Voisiku_vallavalitsus, lk 106
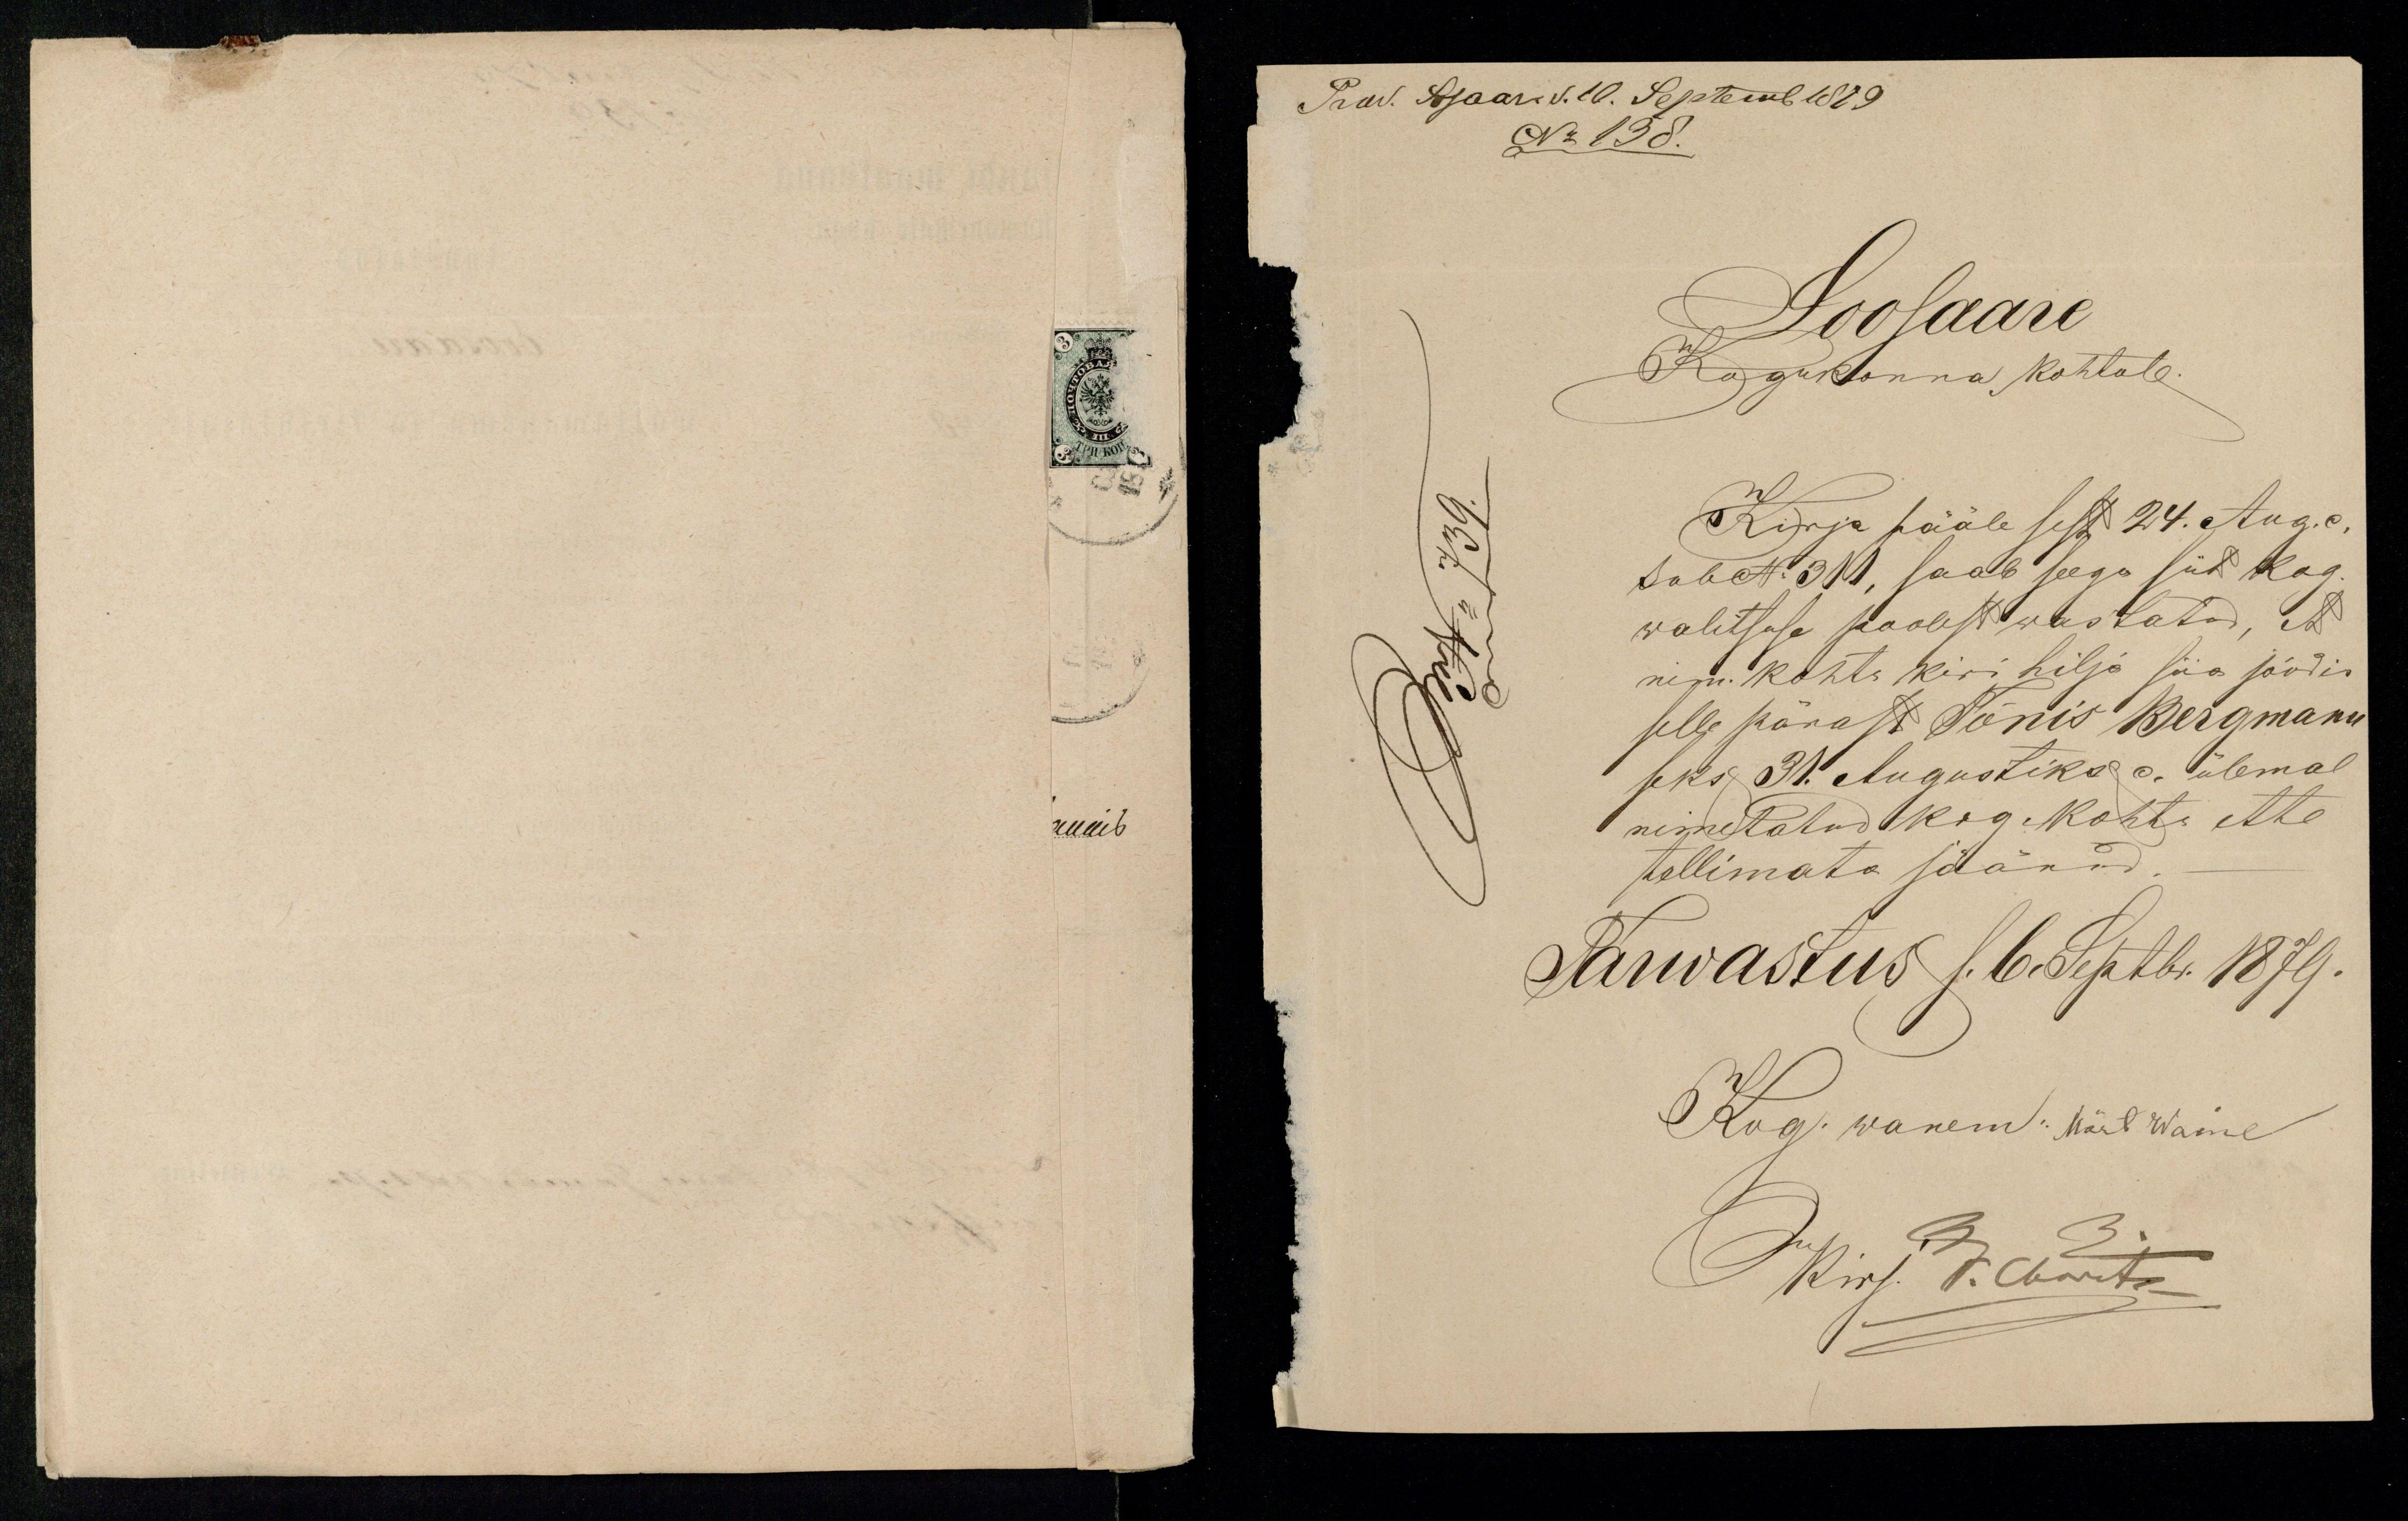
Prod. Sosaar d. 10. Septemb 1879
No 138.
Soosaare
Kogukonna kohtule.
Kirja pääle sest 24. Aug. c.
sub No 311, saab seega siis kog
walitsuse poolest wastatud, et
nim. kohtu kiri hilja siia jõudis
selle pärast Tõnis Bergmann
seks 31. Augustiks c. ülemal
nimetatud Kog. Kohtu ette
tellimata jäänud
Tarwastus s. 6 Septbr. 1879.
Kog. wanem: Märt Waine
Kirj. D. Obertz